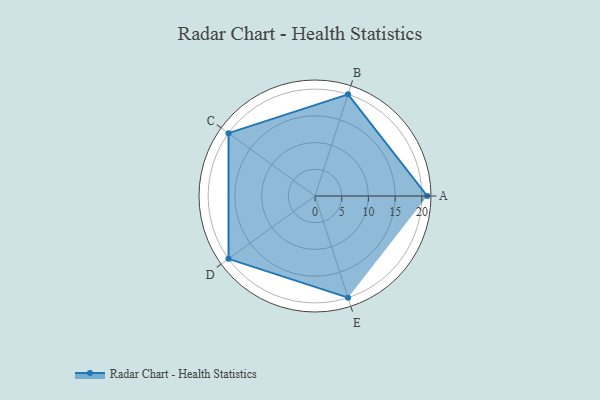
{"axis": {"x": "Skill", "y": "Score"}, "legend": ["Profile"], "data": [{"x": "A", "y": 21.0, "type": "Profile"}, {"x": "B", "y": 20.0, "type": "Profile"}, {"x": "C", "y": 20, "type": "Profile"}, {"x": "D", "y": 20, "type": "Profile"}, {"x": "E", "y": 20, "type": "Profile"}]}